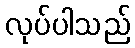
လုပ်ပါသည်